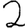
Digit: 2